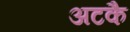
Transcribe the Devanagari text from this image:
अटकै